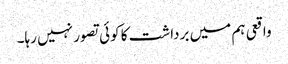
واقعی ہم میں برداشت کا کوئی تصور نہیں رہا۔